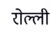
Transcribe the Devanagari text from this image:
रोल्ली